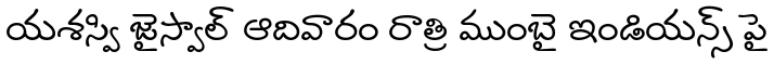
యశస్వి జైస్వాల్ ఆదివారం రాత్రి ముంబై ఇండియన్స్ పై